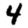
Digit: 4